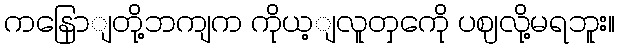
ကနြောျတို့ဘကျက ကိုယ့ျလူတှကေို ပဈလို့မရဘူး။